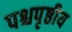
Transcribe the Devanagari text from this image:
पश्चपृष्ठीय